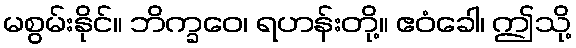
မစွမ်းနိုင်။ ဘိက္ခဝေ၊ ရဟန်းတို့။ ဧဝံခေါ၊ ဤသို့